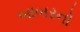
બાબરનો